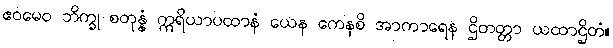
ဧဝမေဝ ဘိက္ခု စတုန္နံ ဣရိယာပထာနံ ယေန ကေနစိ အာကာရေန ဌိတတ္တာ ယထာဌိတံ။